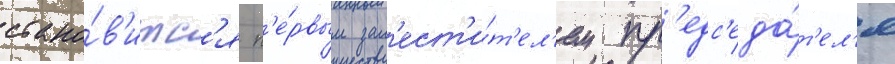
стано́в'итс'я п'е́рвым зам'ест'и́т'ел'ем пр'едс'еда́т'ел'я